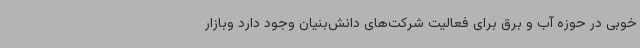
خوبی در حوزه آب و برق برای فعالیت شرکت‌های دانش‌بنیان وجود دارد وبازار